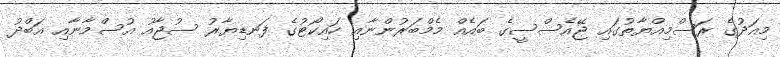
މިއަދުގެ ރަސްމިއްޔާތުގައި ޖޭއެސްސީގެ ބައެއް މެމްބަރުންނާއި ހައިކޯޓުގެ ފަނޑިޔާރު ސުޖާއު އުސްމާނާއި އަބްދު